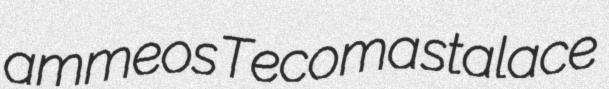
ammeos Tecoma stalace